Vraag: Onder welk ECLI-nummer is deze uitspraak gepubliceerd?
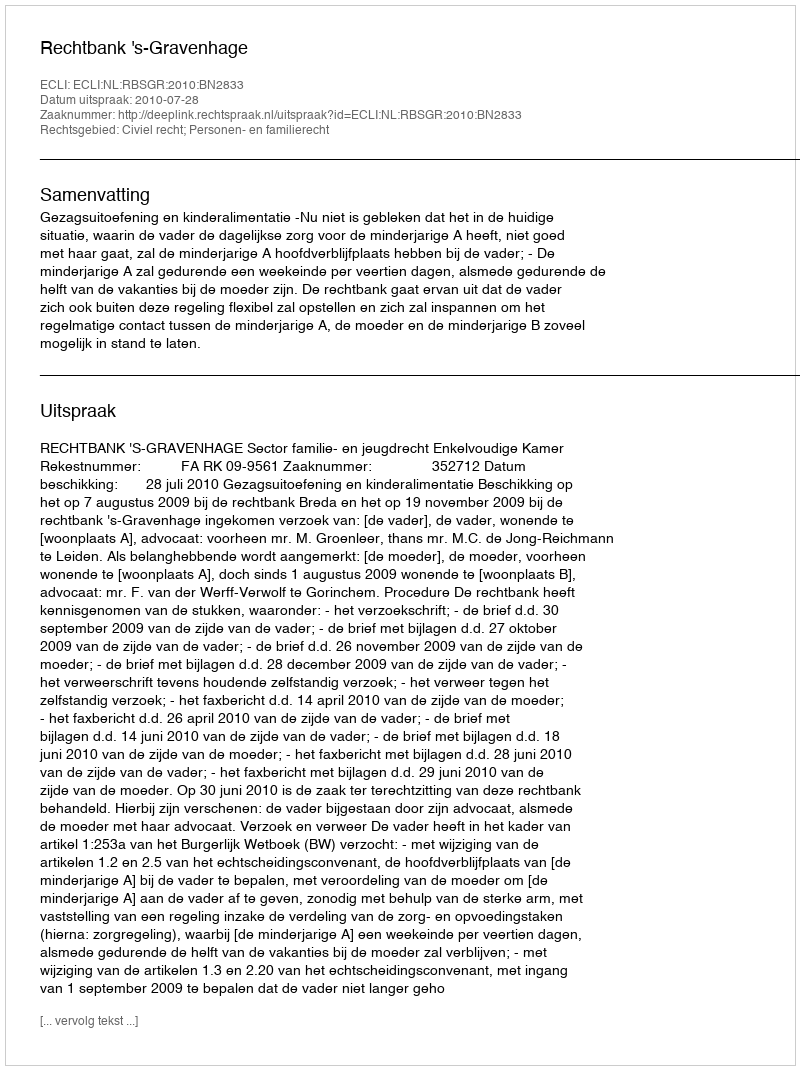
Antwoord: ECLI:NL:RBSGR:2010:BN2833